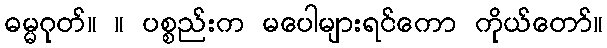
ဓမ္မဂုတ်။ ။ ပစ္စည်းက မပေါများရင်ကော ကိုယ်တော်။